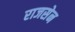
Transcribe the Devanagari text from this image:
राजसेन